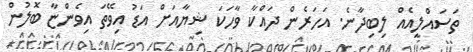
ތަސައްލީއެއް ލިބިދާނެ. އަހަރެން ދައްކާ ވާހަކަ ޝިޔާއަށް އަޑު އިވޭތަ އިވެންޏާ ބޮލުން